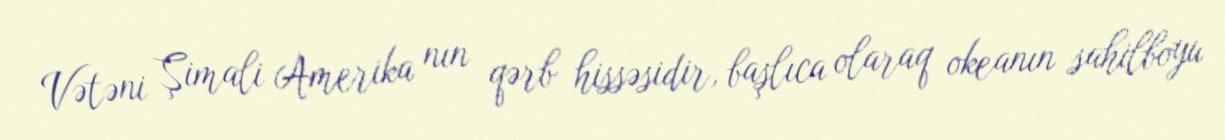
Vətəni Şimali Amerika nın qərb hissəsidir, başlıca olaraq okeanın sahilboyu